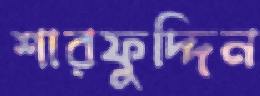
শারফুদ্দিন